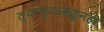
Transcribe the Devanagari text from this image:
त्याच्याकडूनही